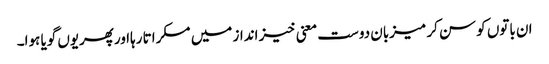
ان باتوں کو سن کر میزبان دوست معنی خیز انداز میں مسکراتا رہااورپھریوں گویا ہوا۔